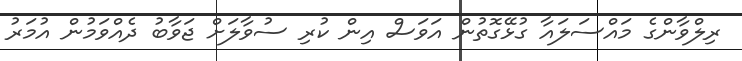
ރިލްވާންގެ މައްސަލައާ ގުޅޭގޮތުން އަވަސް އިން ކުރި ސުވާލަށް ޖަވާބު ދެއްވަމުން އުމަރު